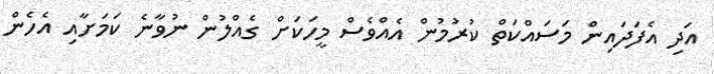
އަދި އެފަދައިން މަސައްކަތް ކުރުމުން އެއްވެސް މީހަކަށް ގެއްލުން ނުވާނެ ކަމަށާއި އެހެން